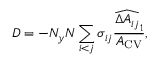
D = - N _ { y } N \sum _ { i < j } \sigma _ { i j } \frac { \widehat { \Delta A _ { i j } } _ { 1 } } { A _ { \mathrm { { C V } } } } ,